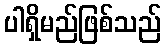
ပါရှိမည်ဖြစ်သည်